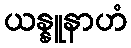
ယန္နူနာဟံ